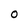
Character: O